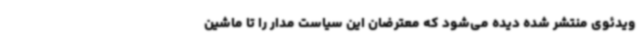
ویدئوی منتشر شده دیده می‌شود که معترضان این سیاست مدار را تا ماشین